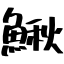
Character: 鰍